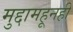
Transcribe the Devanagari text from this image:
मुद्दामहूनही